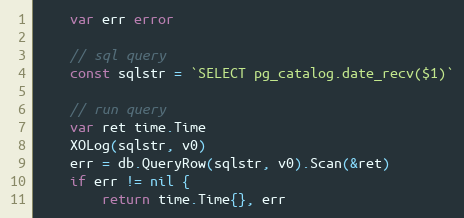
Language: Go
	var err error

	// sql query
	const sqlstr = `SELECT pg_catalog.date_recv($1)`

	// run query
	var ret time.Time
	XOLog(sqlstr, v0)
	err = db.QueryRow(sqlstr, v0).Scan(&ret)
	if err != nil {
		return time.Time{}, err